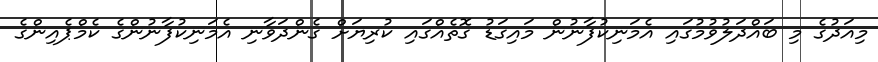
މިއަދުގެ މި ބައްދަލުވުމުގައި އެމަނިކުފާނުން މައިގަޑު ގޮތެއްގައި ކުރިޔަށް ގެންދަވާނި އެމަނިކުފާނުންގެ ކެމްޕެއިންގެ